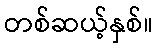
တစ်ဆယ့်နှစ်။